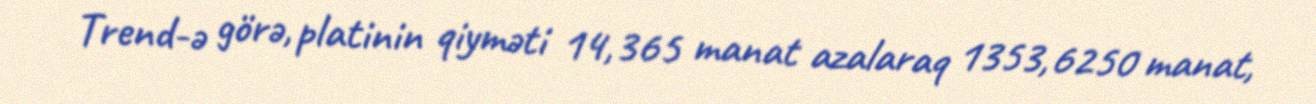
Trend-ə görə, platinin qiyməti 14,365 manat azalaraq 1353,6250 manat,